Malaria in the Punjab - Number 46
Disease focus: Malaria
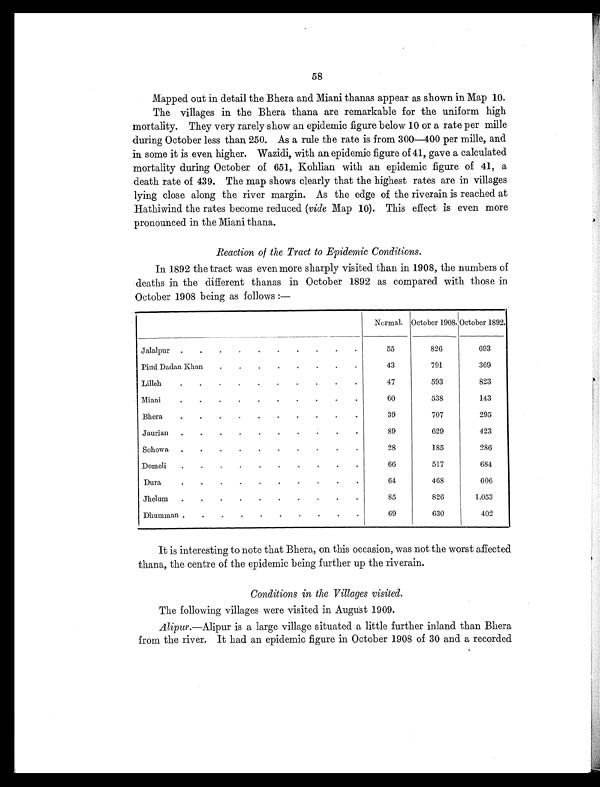
58
Mapped out in detail the Bhera and Miani thanas appear as shown in Map 10.
The villages in the Bhera thana are remarkable for the uniform high
mortality. They very rarely show an epidemic figure below 10 or a rate per mille
during October less than 250. As a rule the rate is from 300—400 per mille, and
in some it is even higher. Wazidi, with an epidemic figure of 41, gave a calculated
mortality during October of 651, Kohlian with an epidemic figure of 41, a
death rate of 439. The map shows clearly that the highest rates are in villages
lying close along the river margin. As the edge of the riverain is reached at
Hathiwind the rates become reduced ( vide Map 10). This effect is even more
pronounced in the Miani thana.
Reaction of the Tract to Epidemic Conditions.
In 1892 the tract was even more sharply visited than in 1908, the numbers of
deaths in the different thanas in October 1892 as compared with those in
October 1908 being as follows :—
Normal. October 1908.
O c t o b e r 1 8 9 2 .
Jalalpur .
. .
.
.
.
.
.
.
.
55
826
693
Pind Dadan Khan
.
.
.
.
.
.
. .
43
791
369
Lilleh
.
.
.
.
.
.
.
.
.
.
47
593
823
Miani
.
.
.
.
.
.
.
.
.
.
60
538
143
Bhera
.
.
.
.
.
.
.
.
.
.
39
707
295
Jaurian .
.
.
.
.
.
.
.
.
.
89
629
423
Sohowa .
.
.
.
.
.
.
.
.
.
28
185
286
Domeli
.
.
.
.
.
.
.
.
.
.
66
517
684
Dura
.
.
.
.
.
.
.
.
.
.
64
468
606
Jhelum
.
.
.
.
.
.
.
.
.
.
85
826
1,053
Dhumman .
.
.
.
.
.
.
.
.
.
69
630
402
It is interesting to note that Bhera, on this occasion, was not the worst affected
thana, the centre of the epidemic being further up the riverain.
Conditions in the Villages visited.
The following villages were visited in August 1909.
Alipur. —Alipur is a large village situated a little further inland than Bhera
from the river. It had an epidemic figure in October 1908 of 30 and a recorded